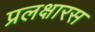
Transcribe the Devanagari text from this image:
प्रलक्षारस